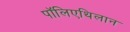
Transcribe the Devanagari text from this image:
पॉलिएथिलान